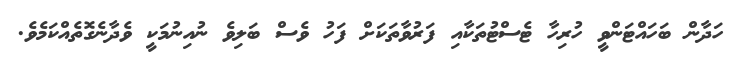
ހަދާން ބަހައްޓަންވީ ހުރިހާ ޓެސްޓުތަކާއި ފަރުވާތަކަށް ފަހު ވެސް ބަލިވެ ނުއިނުމަކީ ވެދާނެގޮތެއްކަމެވެ.